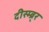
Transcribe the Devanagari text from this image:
दीस्म्ब्र्‍र